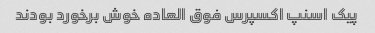
پیک اسنپ اکسپرس فوق العاده خوش برخورد بودند